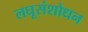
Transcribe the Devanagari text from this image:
लघूसंशोधन